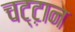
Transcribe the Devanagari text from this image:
चट्ट़ान